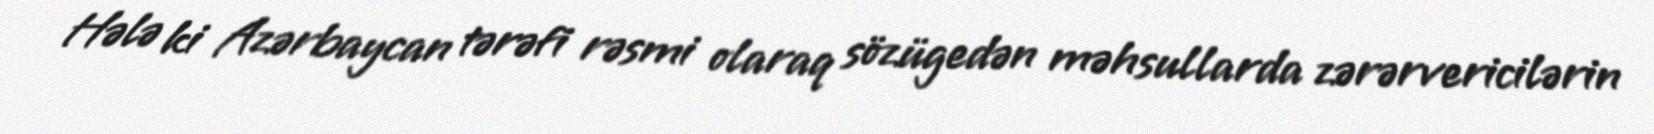
Hələ ki Azərbaycan tərəfi rəsmi olaraq sözügedən məhsullarda zərərvericilərin